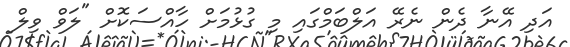
އަދި އޭނާ ދެން ނެރޭ އަލްބަމްގައި މި ގުޅުމަށް ހާއްސަކޮށް "ލަވް ވިލް